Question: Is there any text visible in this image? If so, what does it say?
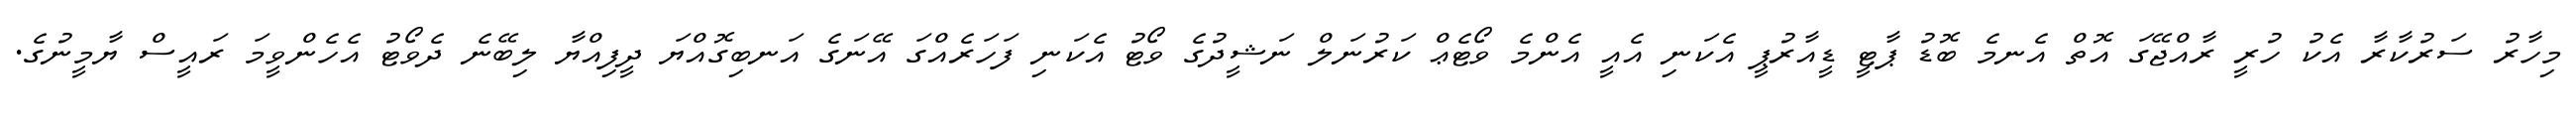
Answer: މިހާރު ސަރުކާރާ އެކު ހުރީ ރާއްޖޭގަ އޮތް އެނމެ ބޮޑު ޕާޓީ ޑީއާރުޕީ އެކަނި އެއީ އެންމެ ވޯޓެޢް ކަރުނަލް ނަޝީދުގެ ވޯޓު އެކަނި ފަހަރެއްގަ އޭނަގެ އަނބިގޮއްޔަ ދީފިއްޔާ ލިބޭނެ ދެވޯޓު އެހެންވީމަ ރައީސް ޔާމީނުގެ.